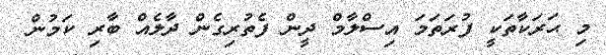
މި ޙަރަކާތަކީ ފުރަތަމަ އިސްލާމް ދީން ފެތުރިގެން ދާލެއް ބާރި ކަމުން